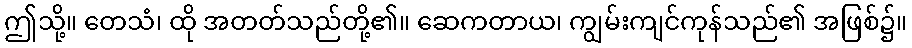
ဤသို့။ တေသံ၊ ထို အတတ်သည်တို့၏။ ဆေကတာယ၊ ကျွမ်းကျင်ကုန်သည်၏ အဖြစ်၌။